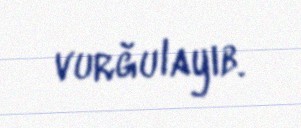
vurğulayıb.